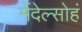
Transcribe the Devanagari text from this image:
मेंदेल्सोहं